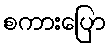
စကားပြော